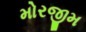
મોરજીમ